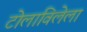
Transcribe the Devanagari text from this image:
टोलाविलेला